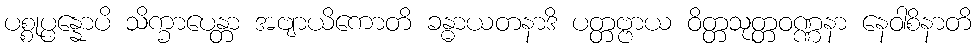
ပစ္စုပ္ပန္နောပိ သိက္ခာပေန္တာ အဗျာယိကောတိ ခန္ဓာယတနာဒိ ပတ္တဗ္ဗာယ ဝိတ္တသုတ္တဝဏ္ဏနာ နေဝါစိနာတိ